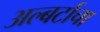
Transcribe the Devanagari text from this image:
अल्बर्टाचा